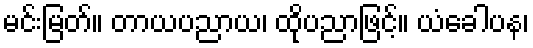
မင်းမြတ်။ တာယပညာယ၊ ထိုပညာဖြင့်။ ယံခေါပန၊